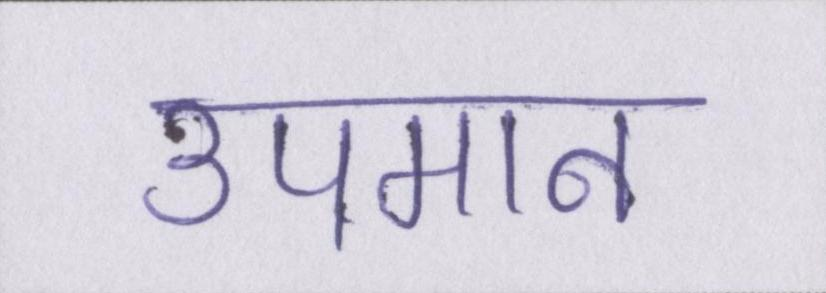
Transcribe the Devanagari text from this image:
उपमान